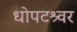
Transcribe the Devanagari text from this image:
धोपटश्र्वर